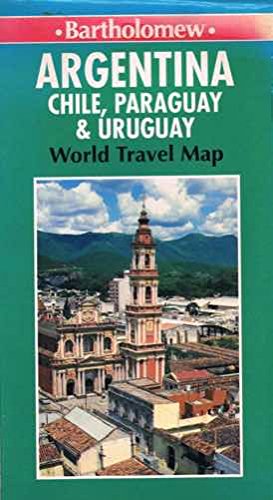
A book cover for Argentina Chile, Paraguay & Uruguay : World Travel Map; John Bartholomew; Travel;